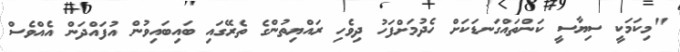
"މިކަމަކީ ސިޔާސީ ކަންތައްގަނޑަކަށް ހެދުމަށްފަހު ދިވެހި ރައްޔިތުންގެ ތެރޭގައި ބައިބައިވުން އުފައްދަން އެއްވެސް